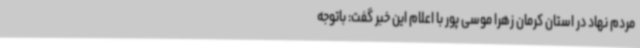
مردم نهاد در استان کرمان زهرا موسی پور با اعلام این خبر گفت: باتوجه